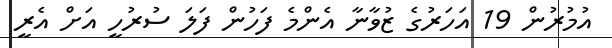
އުމުރުން 19 އަހަރުގެ ޒުވާނާ އެންމެ ފަހުން ފަލަ ސުރުހީ އަށް އެރީ